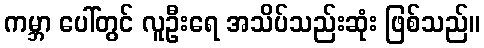
ကမ္ဘာ ပေါ်တွင် လူဦးရေ အသိပ်သည်းဆုံး ဖြစ်သည်။